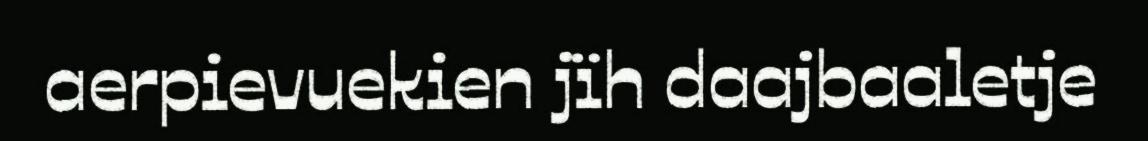
aerpievuekien jïh daajbaaletje